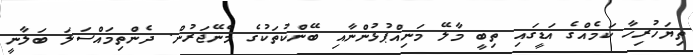
ތިޔަހުރިހާ ކަމެއްގެ އަޑީގައި ތިބީ މާލޭ މަނިއްޕުޅުންނާއި ބޭންކުތަކުގެ މެނޭޖަރުން. ދެންތިމައްސަލަ ބަލާނީ